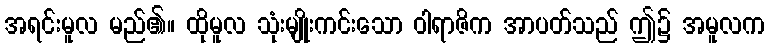
အရင်းမူလ မည်၏။ ထိုမူလ သုံးမျိုးကင်းသော ဝါရာဇိက အာပတ်သည် ဤ၌ အမူလက